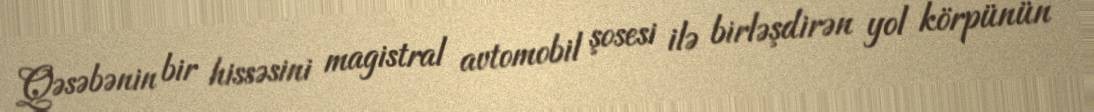
Qəsəbənin bir hissəsini magistral avtomobil şosesi ilə birləşdirən yol körpünün